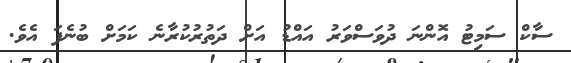
ސާކް ސަމިޓު އޮންނަ ދުވަސްވަރު އައްޑު އަށް ދަތުރުކުރާނެ ކަމަށް ބުނެފަ އެވެ.